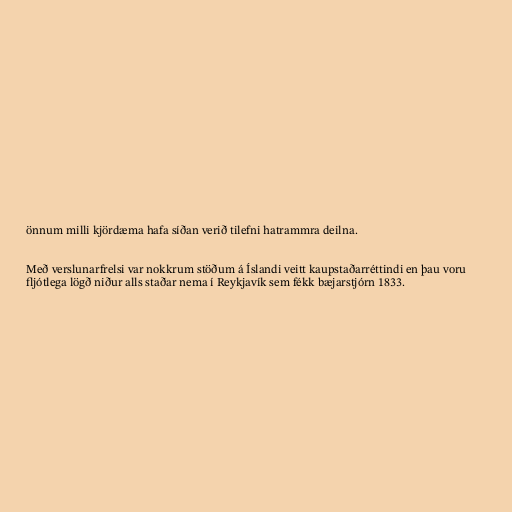
önnum milli kjördæma hafa síðan verið tilefni hatrammra deilna.

Með verslunarfrelsi var nokkrum stöðum á Íslandi veitt kaupstaðarréttindi en þau voru
fljótlega lögð niður alls staðar nema í Reykjavík sem fékk bæjarstjórn 1833.